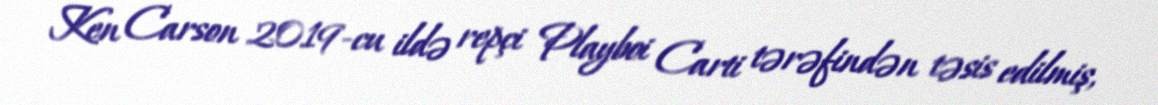
Ken Carson 2019-cu ildə repçi Playboi Carti tərəfindən təsis edilmiş,